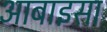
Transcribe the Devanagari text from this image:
आबाइसा